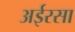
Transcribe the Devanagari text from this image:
अईरसा